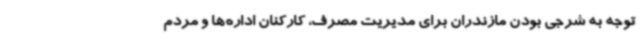
توجه به شرجی بودن مازندران برای مدیریت مصرف، کارکنان اداره‌ها و مردم